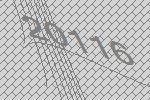
20116